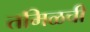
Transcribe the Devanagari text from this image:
तमिळची